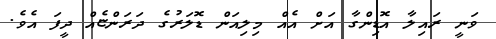
ވަނީ ރައިލާ އޮޑިންގާ އަށް އެއް މިލިއަން ޑޮލަރުގެ ދަރަންޏެއް ދީފަ އެވެ.